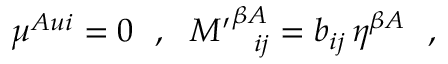
\mu ^ { A u i } = 0 ~ ~ , ~ ~ { M ^ { \prime } } _ { ~ ~ i j } ^ { \beta A } = b _ { i j } \, \eta ^ { \beta A } ~ ~ ,